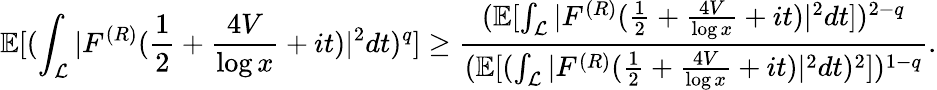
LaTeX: \mathbb E[(\int_{\mathcal{L}}|F^{(R)}(\frac{1}{2}+\frac{4V}{\log x}+it)|^{2}dt)^{q}]\ge\frac{(\mathbb E[\int_{\mathcal{L}}|F^{(R)}(\frac{1}{2}+\frac{4V}{\log x}+it)|^{2}dt])^{2-q}}{(\mathbb E[(\int_{\mathcal{L}}|F^{(R)}(\frac{1}{2}+\frac{4V}{\log x}+it)|^{2}dt)^{2}])^{1-q}}.